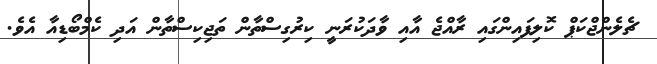
ޗެލެންޖްކަޕް ކޮލިފައިންގައި ރާއްޖެ އާއި ވާދަކުރަނީ ކިރުގިސްތާން ތަޖިކިސްތާން އަދި ކެމްބޯޑިއާ އެވެ.